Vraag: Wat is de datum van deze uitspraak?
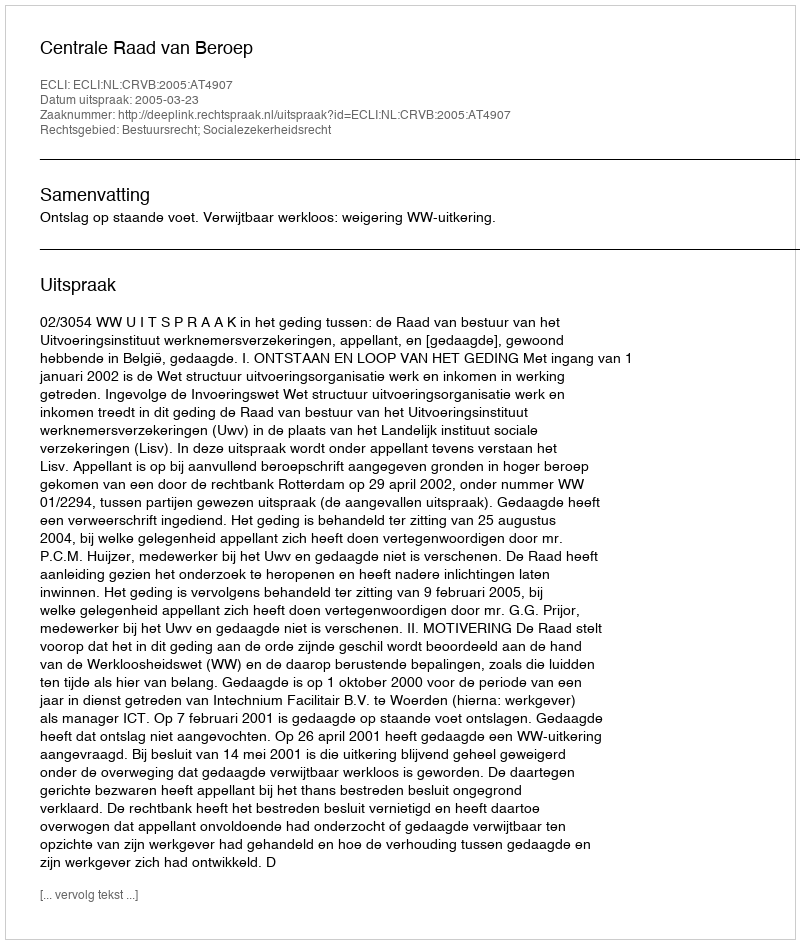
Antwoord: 2005-03-23